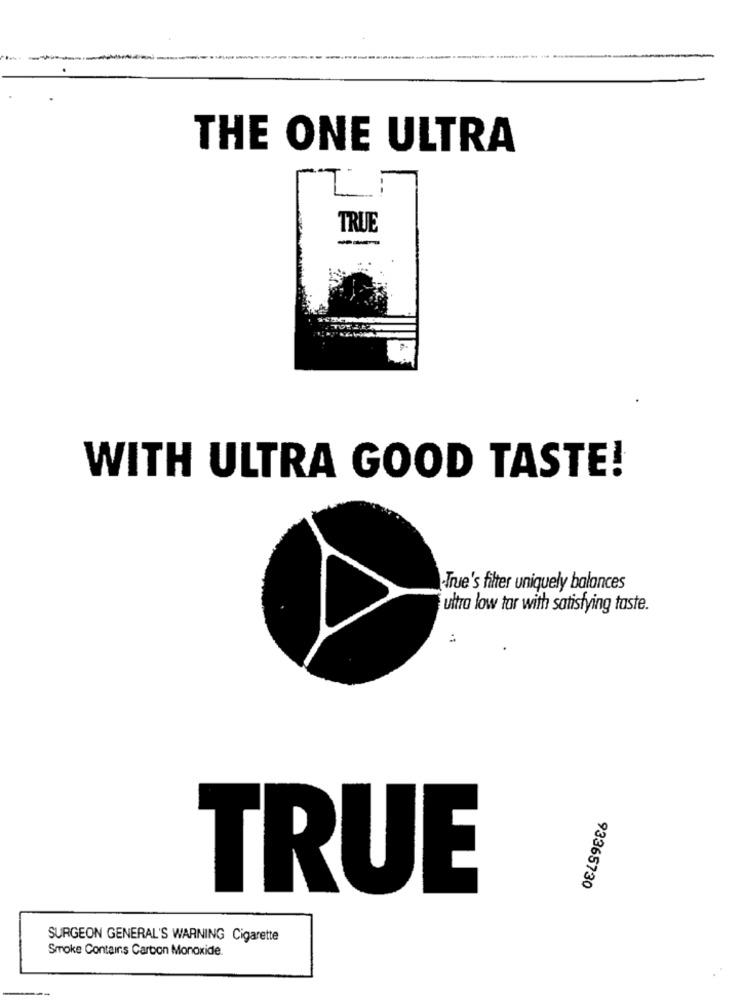
THE ONE ULTRA
TRUE
WITH ULTRA GOOD TASTE!
True's filter uniquely balances
ultra low tar with satisfying taste.
:
TRUE
93365730
SURGEON GENERAL'S WARNING Cigarette
Smoke Contains Carbon Monoxide